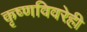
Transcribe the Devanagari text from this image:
कृष्णविवरेही